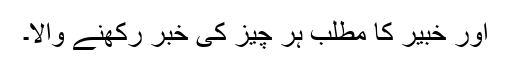
اور خبیر کا مطلب ہر چیز کی خبر رکھنے والا۔